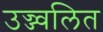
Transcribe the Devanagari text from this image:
उज्ज्वलित